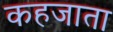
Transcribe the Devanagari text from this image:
कहजाता